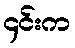
၄င်းက